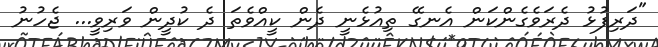
"ދަރިފުޅު ދެރަވެގެންކަން އެނގޭ ތިއުޅެނީ ދެން ކީއްވެތަ ދެ ކުދީން ވަރިވީ... ޖެހުނު